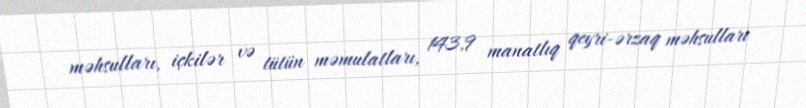
məhsulları, içkilər və tütün məmulatları, 143,9 manatlıq qeyri-ərzaq məhsulları